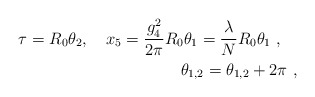
\begin{align*}\tau=R_0\theta_2, \ \ \ x_5={g_4^2\over 2\pi }R_0\theta_1=\frac{\lambda}{N} R_0 \theta_1\ ,\ \ \ \\ \theta_{1,2}=\theta_{1,2}+2\pi\ ,\end{align*}